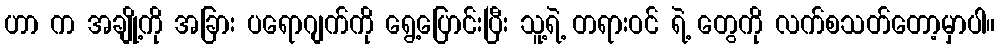
ဟာ က အချို့ကို အခြား ပရောဂျက်ကို ရွေ့ပြောင်းပြီး သူ့ရဲ့ တရားဝင် ရဲ့ တွေကို လက်စသတ်တော့မှာပါ။